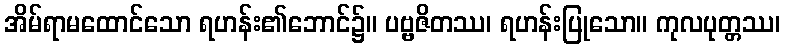
အိမ်ရာမထောင်သော ရဟန်း၏ဘောင်၌။ ပဗ္ဗဇိတဿ၊ ရဟန်းပြုသော။ ကုလပုတ္တဿ၊